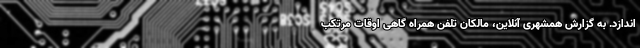
اندازد. به گزارش همشهری آنلاین، مالکان تلفن همراه گاهی اوقات مرتکب